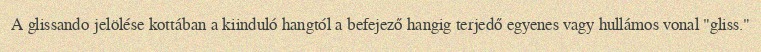
A glissando jelölése kottában a kiinduló hangtól a befejező hangig terjedő egyenes vagy hullámos vonal "gliss."